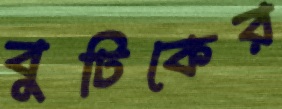
বুটিকের